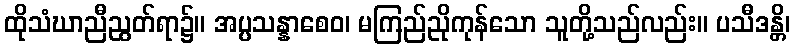
ထိုသံဃာညီညွတ်ရာ၌။ အပ္ပသန္နာစေဝ၊ မကြည်ညိုကုန်သော သူတို့သည်လည်း။ ပသီဒန္တိ၊